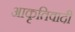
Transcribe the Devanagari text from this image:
आकृतिवादी